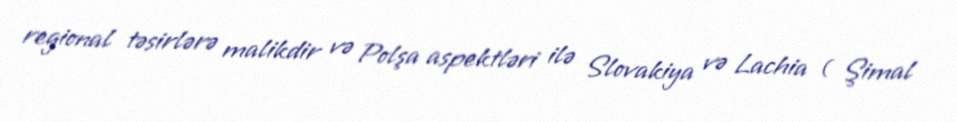
regional təsirlərə malikdir və Polşa aspektləri ilə Slovakiya və Lachia ( Şimal